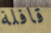
قافلة